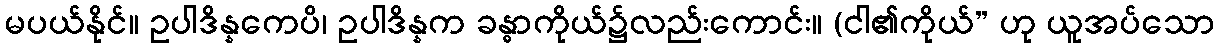
မပယ်နိုင်။ ဥပါဒိန္နကေပိ၊ ဥပါဒိန္နက ခန္ဓာကိုယ်၌လည်းကောင်း။ (ငါ၏ကိုယ်” ဟု ယူအပ်သော